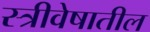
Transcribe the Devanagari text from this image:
स्त्रीवेषातील